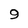
Character: 9